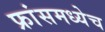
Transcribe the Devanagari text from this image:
फ्रांसमध्येच